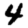
Digit: 4